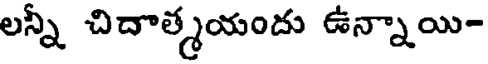
లన్నీ చిదాత్మయందు ఉన్నాయి-